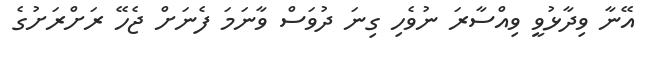
އޭނާ ވިދާޅުވީ ވިއްސާރަ ނުވެހި ގިނަ ދުވަސް ވާނަމަ ފެނަށް ޖެހޭ ރަށްރަށުގެ